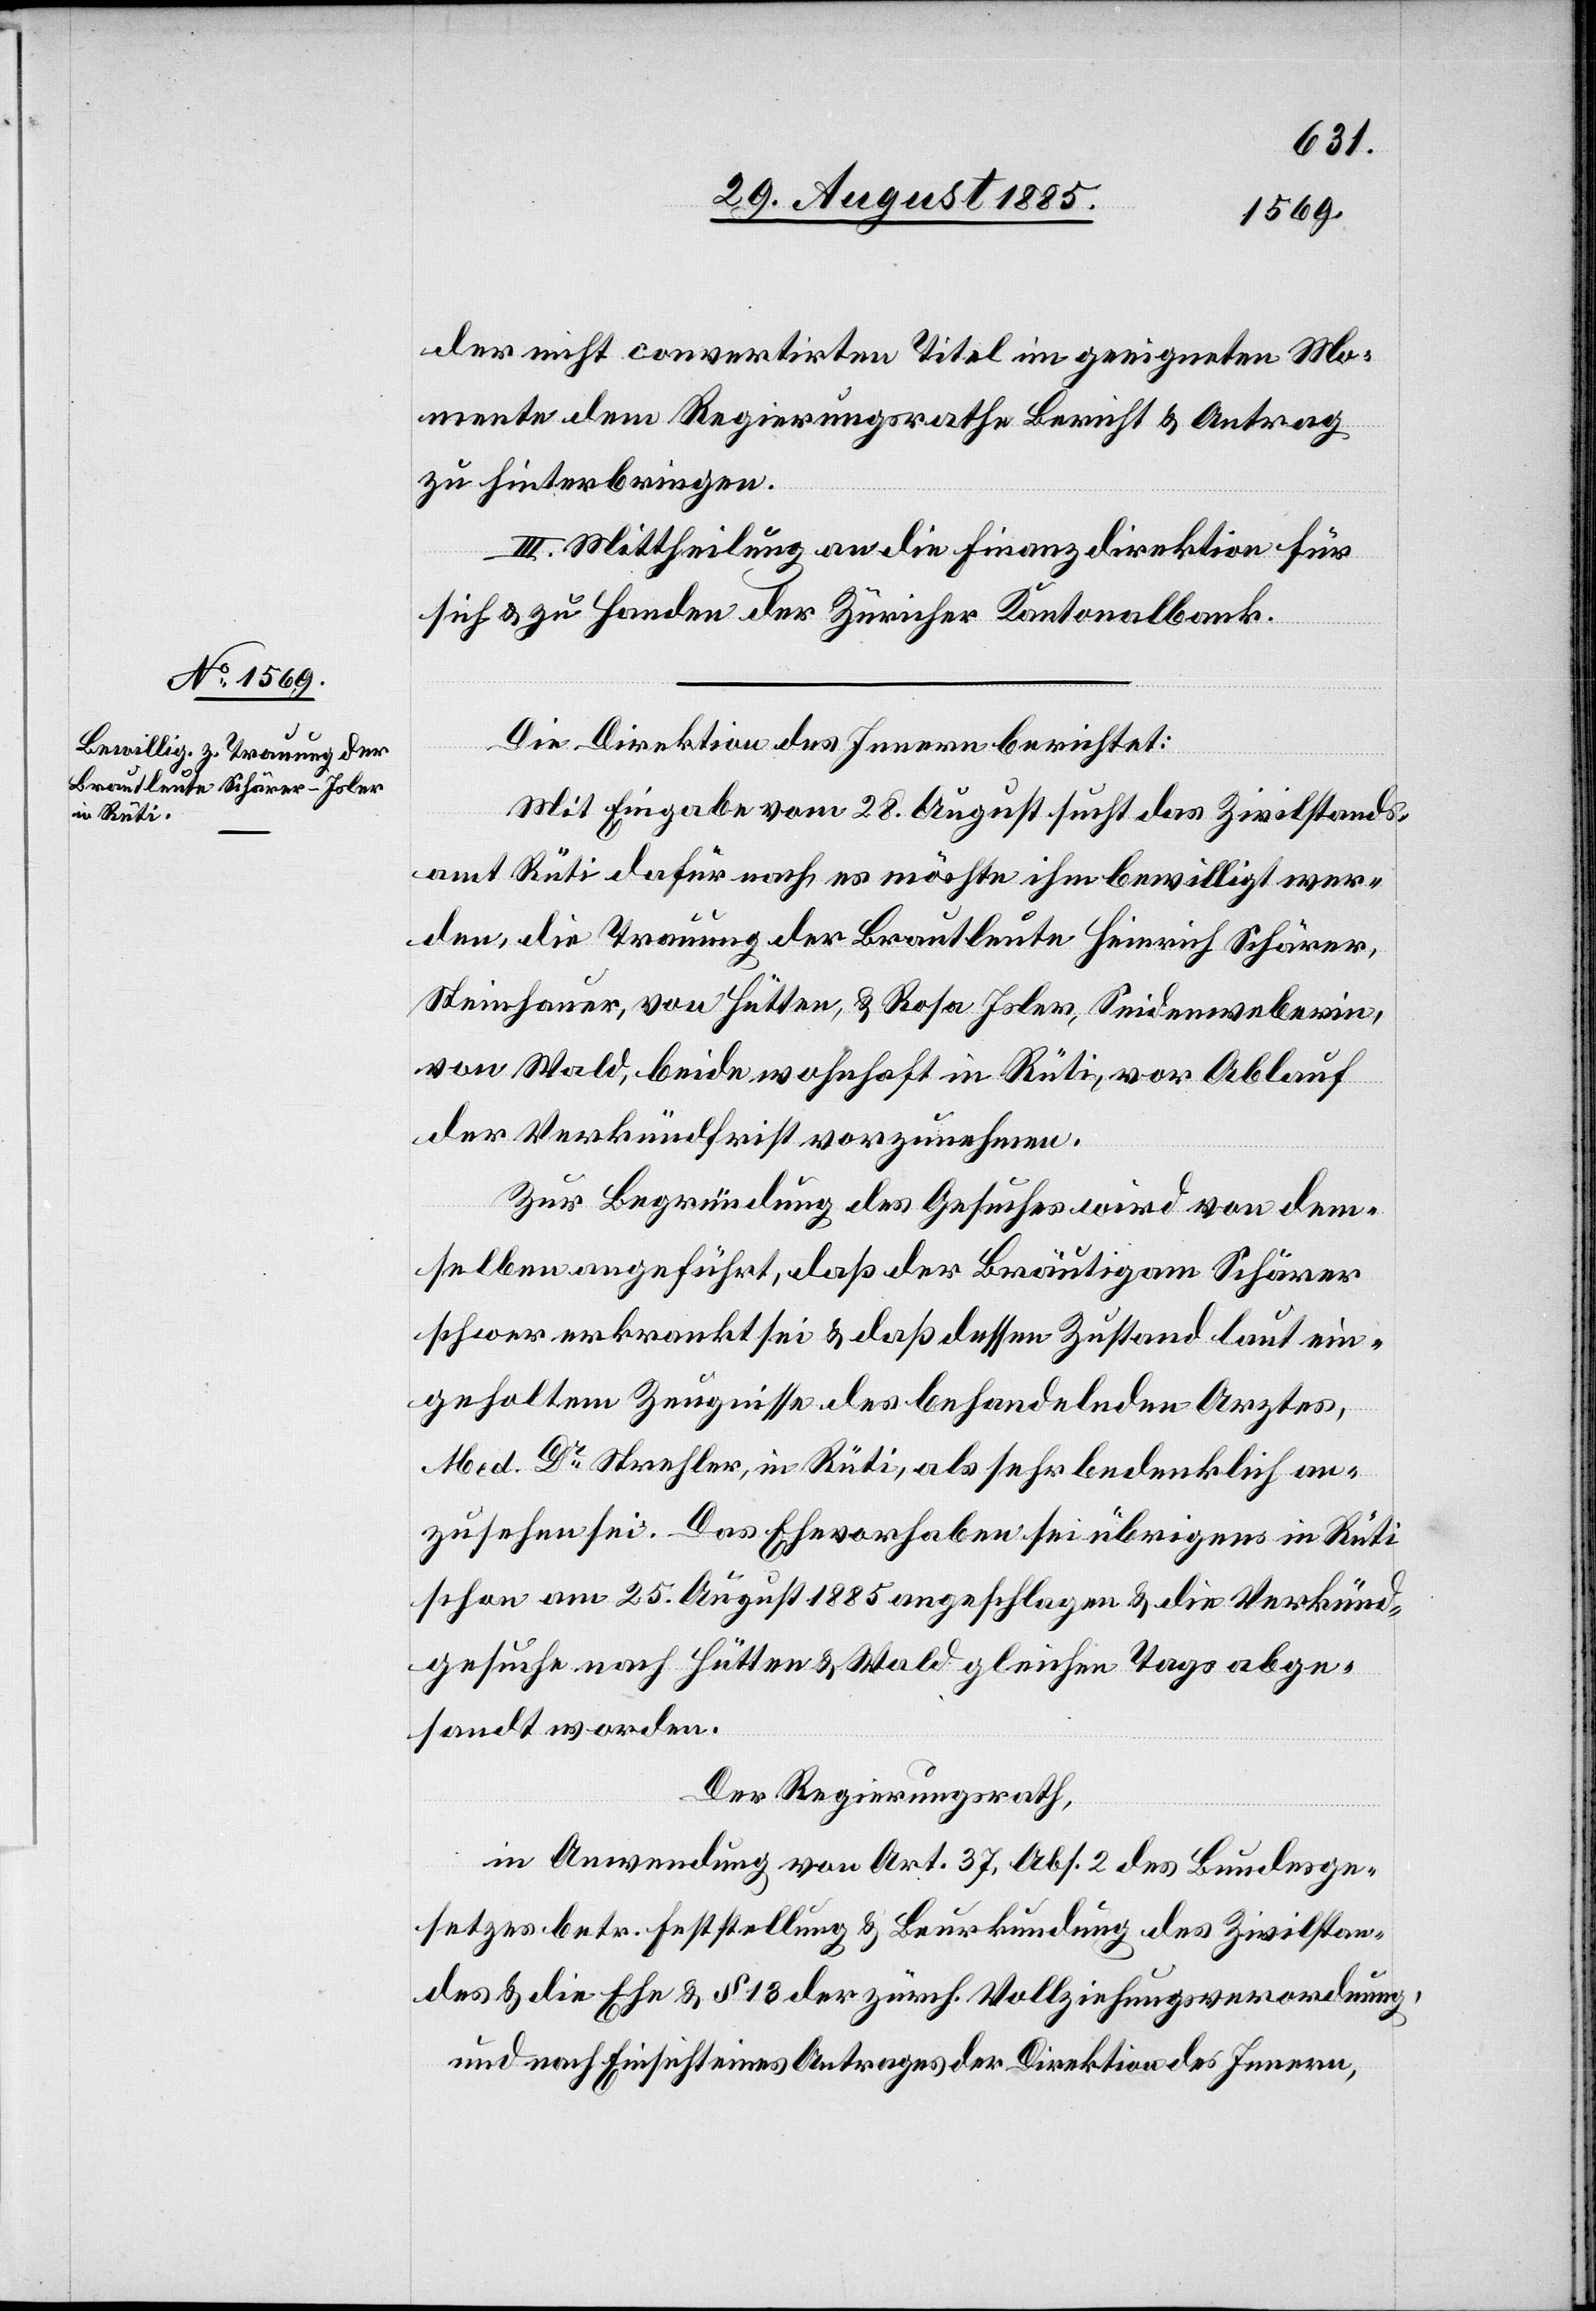
Die Direktion des Innern berichtet:
Mit Eingabe vom 28. August sucht das Zivilstands¬
amt Rüti dafür nach, es möchte ihm bewilligt wer¬
den, die Trauung der Brauleute Heinrich Schärer,
Steinhauer, von Hütten, & Rosa Isler, Seidenweberin,
von Wald, beide wohnhaft in Rüti, vor Ablauf
der Verkündfrist vorzunehmen.
Zur Begründung des Gesuches wird von dem¬
selben angeführt, daß dessen Zustand laut ein¬
geholtem Zeugnisse des behandelnden Arztes,
Med. Dr Strehler, in Rüti, als sehr bedenklich an¬
zusehen sei. Das Ehevorhaben sei übrigens in Rüti
schon am 25. August 1885 angeschlagen & die Verkünd¬
gesuche nach Hütten & Wald gleichen Tags abge¬
sandt worden.
Der Regierungsrath,
in Anwendung von Art. 37, Abs. 2 des Bundesge¬
setzes betr. Feststellung & Beurkundung des Zivilstan¬
des & die Ehe & § 13 der zürch. Vollziehungsverordnung,
und nach Einsicht eines Antrages der Direktion des Innern,